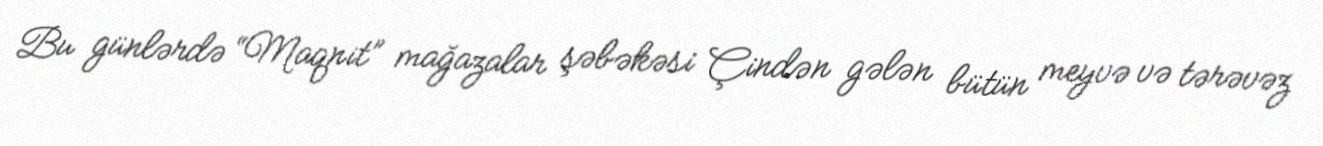
Bu günlərdə “Maqnit” mağazalar şəbəkəsi Çindən gələn bütün meyvə və tərəvəz